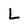
Character: L